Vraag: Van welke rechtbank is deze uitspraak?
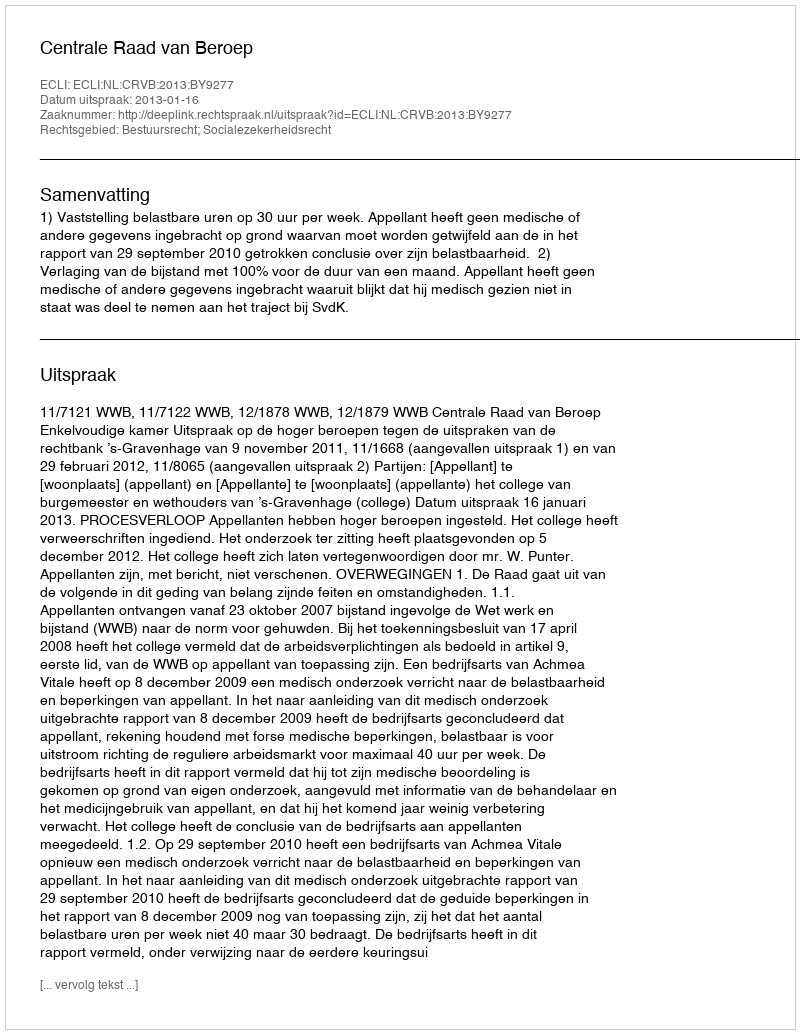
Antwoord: Centrale Raad van Beroep